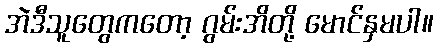
အဲဒီသူတွေကတော့ ဂွမ်းအိတို့ မောင်နှမပါ။